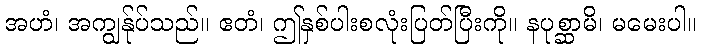
အဟံ၊ အကျွန်ုပ်သည်။ ဧတံ၊ ဤနှစ်ပါးစလုံးပြတ်ပြီးကို။ နပုစ္ဆာမိ၊ မမေးပါ။